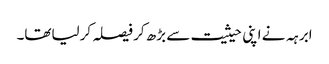
ابرہہ نے اپنی حیثیت سے بڑھ کر فیصلہ کرلیاتھا۔